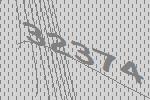
32374